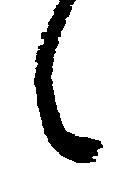
候